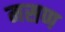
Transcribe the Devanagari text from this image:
मसण